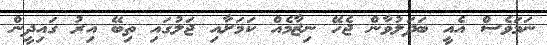
ނަމަވެސް އެއީ ބަދަލުވާން ޖެހޭ ނިޒާމެއް ކަމަށާއި ޖަލުގައި ތިބޭ އިރު ގައިދީން